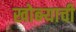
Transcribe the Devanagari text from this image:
खोब्ऱ्याची